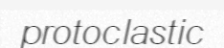
protoclastic